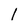
Character: 1